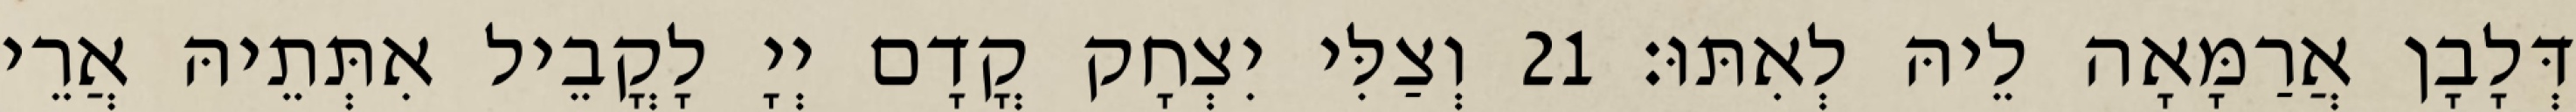
דְּלָבָן אֲרַמָּאָה לֵיהּ לְאִתּוּ׃ 21 וְצַלִּי יִצְחָק קֳדָם יְיָ לָקֳבֵיל אִתְּתֵיהּ אֲרֵי